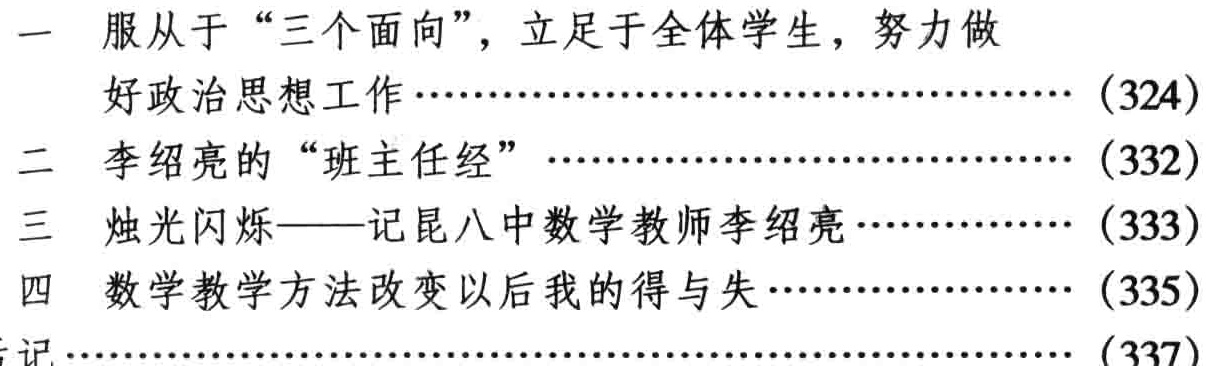
一 服从于“三个面向”，立足于全体学生，努力做

  好政治思想工作……………………………………（324）

二 李绍亮的“班主任经” ……………………………（332）

三 烛光闪烁——记昆八中数学教师李绍亮…………（333）

四 数学教学方法改变以后我的得与失………………（335）

记 ……………………………………………………（337）